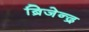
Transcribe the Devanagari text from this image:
ब्रिजेन्द्र